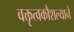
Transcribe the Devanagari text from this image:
वक्तृत्वकौशल्याने